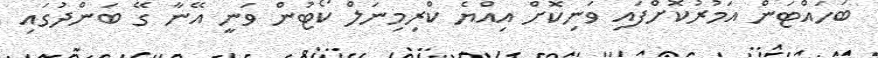
ބަހައްޓަން އަމުރުކޮށްފައި ވަނިކޮށް އިއްޔެ ކްރިމިނަލް ކޯޓުން ވަނީ އޭނާ ގޭ ބަންދުގައި